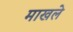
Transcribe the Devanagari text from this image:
माखले